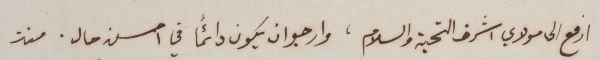
ارفع الى مولاي اشرف التحية والسلام، وارجو ان يكون دائمًا في احسن حال. منذ